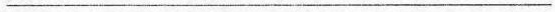
___